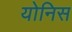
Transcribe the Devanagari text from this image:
योनिस